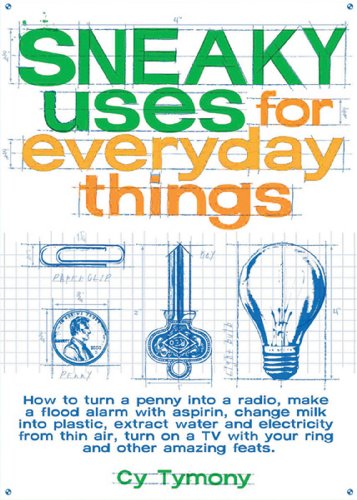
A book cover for Sneaky Uses for Everyday Things; Cy Tymony; Crafts, Hobbies & Home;